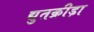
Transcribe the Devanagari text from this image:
द्युतक्रीड़ा